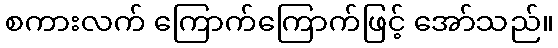
စကားလက် ကြောက်ကြောက်ဖြင့် အော်သည်။